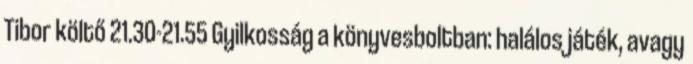
Tibor költő 21.30-21.55 Gyilkosság a könyvesboltban: halálos játék, avagy